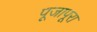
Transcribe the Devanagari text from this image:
पूजापूरा